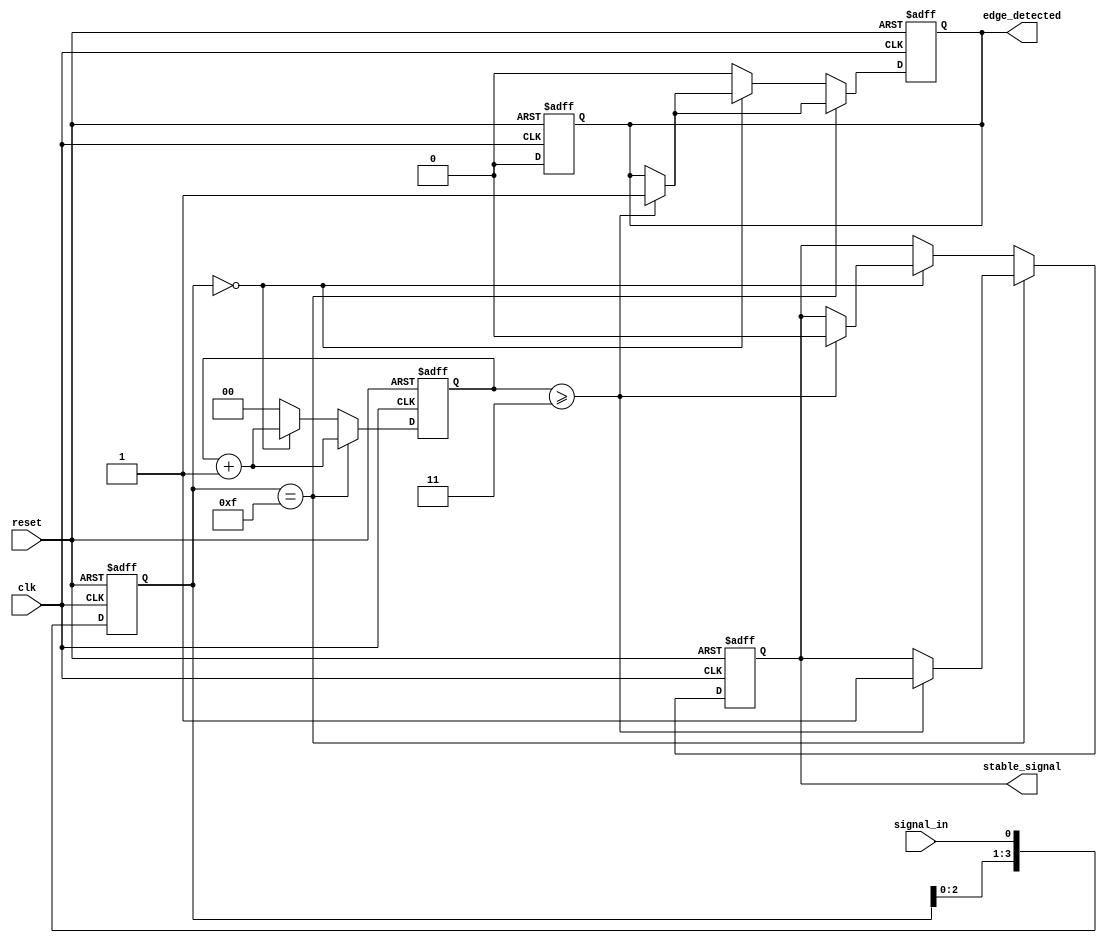
module DebouncedEdgeDetector (
    input wire clk,                // Clock input
    input wire reset,              // Asynchronous reset
    input wire signal_in,          // Input signal to debounce
    output reg edge_detected,      // Output signal indicating a detected edge
    output reg stable_signal        // Debounced output signal
);

    // Parameters
    parameter NUM_SAMPLES = 4;     // Number of samples for debouncing
    parameter STABLE_TIME = 3;      // Number of clock cycles for stable detection

    // Internal signals
    reg [NUM_SAMPLES-1:0] signal_history; // Shift register to store past states
    reg [1:0] stable_counter;        // Counter to track stable states

    // Edge detection logic
    always @(posedge clk or posedge reset) begin
        if (reset) begin
            signal_history <= 0;
            stable_signal <= 0;
            edge_detected <= 0;
            stable_counter <= 0;
        end else begin
            // Shift in the current signal
            signal_history <= {signal_history[NUM_SAMPLES-2:0], signal_in};

            // Check if the signal is stable
            if (signal_history == {NUM_SAMPLES{1'b1}}) begin
                // Signal is stable high
                stable_counter <= stable_counter + 1;
                if (stable_counter >= STABLE_TIME) begin
                    stable_signal <= 1'b1; // Set stable signal high
                    edge_detected <= 1'b1; // Edge detected
                end
            end else if (signal_history == {NUM_SAMPLES{1'b0}}) begin
                // Signal is stable low
                stable_counter <= stable_counter + 1;
                if (stable_counter >= STABLE_TIME) begin
                    stable_signal <= 1'b0; // Set stable signal low
                    edge_detected <= 1'b1; // Edge detected
                end
            end else begin
                // Signal is bouncing, reset counter
                stable_counter <= 0;
                edge_detected <= 0; // No edge detected
            end
        end
    end

    // Reset edge_detected after one clock cycle
    always @(posedge clk or posedge reset) begin
        if (reset) begin
            edge_detected <= 0;
        end else if (edge_detected) begin
            edge_detected <= 0; // Reset edge detected signal after one cycle
        end
    end

endmodule